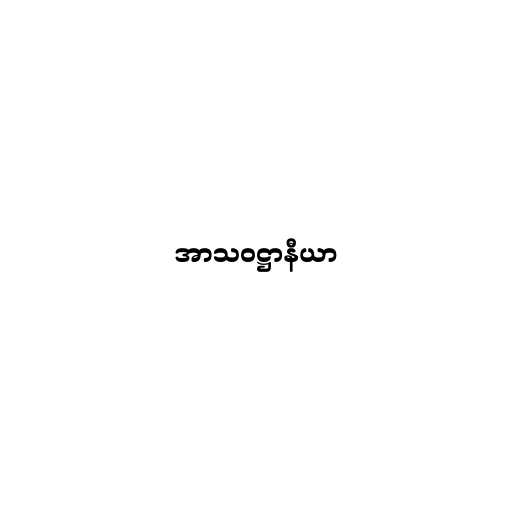
အာသဝဋ္ဌာနီယာ